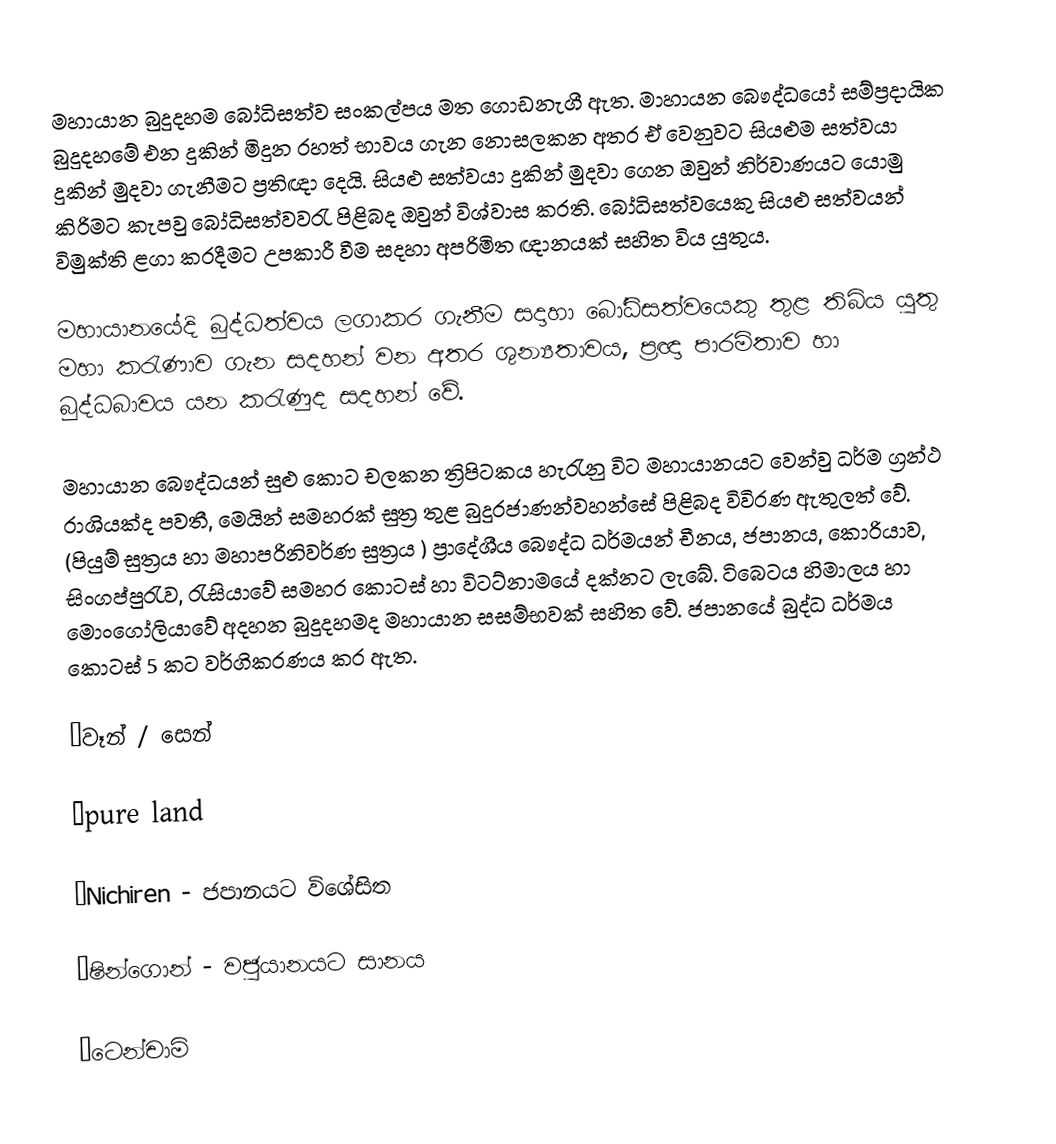
මහායාන බුදුදහම බෝධිසත්ව සංකල්පය මත ගොඩනැගී ඇත. මාහායන බෞද්ධයෝ සම්ප්‍රදායික බුදුදහමේ එන දුකින් මිදුන රහත් භාවය ගැන නොසලකන අතර ඒ වෙනුවට සියළුම සත්වයා දුකින් මුදවා ගැනීමට ප්‍රතිඥා දෙයි. සියළු සත්වයා දුකින් මුදවා ගෙන ඔවුන් නිර්වාණයට යොමු කිරිමට කැපවු බෝධිසත්වවරැ පිළිබද ඔවුන් විශ්වාස කරති. බෝධිසත්වයෙකු සියළු සත්වයන් විමුක්ති ළගා කරදීමට උපකාරී වීම සදහා අපරිමිත ඥානයක් සහිත විය යුතුය.

මහායානයේදි බුද්ධත්වය ලගාකර ගැනීම සදාහා බෝධිසත්වයෙකු තුළ තිබිය යුතු මහා කරැණාව ගැන සදහන් වන අතර ශුන්‍යතාවය, ප්‍රඥා පාරමිතාව හා බුද්ධබාවය යන කරැණුද සදහන් වේ.

මහායාන බෞද්ධයන් සුළු කොට චලකන ත්‍රිපිටකය හැරැනු විට මහායානයට වෙන්වු ධර්ම ග්‍රන්ථ රාශියක්ද පවතී, මෙයින් සමහරක් සුත්‍ර තුළ බුදුරජාණන්වහන්සේ පිළිබද විවිරණ ඇතුලත් වේ. (පියුම් සුත්‍රය හා මහාපරිනිවර්ණ සුත්‍රය ) ප්‍රාදේශීය බෞද්ධ ධර්මයන් චීනය, ජපානය, කොරියාව, සිංගප්පුරැව, රැසියාවේ සමහර කොටස් හා විටට්නාමයේ දක්නට ලැබේ. ටිබෙටය හිමාලය හා මොංගෝලියාවේ අදහන බුදුදහමද මහායාන සසම්භවක් සහිත වේ. ජපානයේ බුද්ධ ධර්මය කොටස් 5 කට වර්ගිකරණය කර ඇත.

·වෑන් / සෙන්

·pure land

·Nichiren - ජපානයට විශේසිත

·ෂින්ගොන් - වජුයානයට සානය

·ටෙන්චාමි